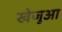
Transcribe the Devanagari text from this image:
खेजुआ